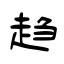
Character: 趋